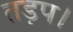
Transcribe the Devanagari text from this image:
तड़प।